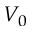
V _ { 0 }